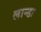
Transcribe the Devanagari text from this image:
लान्डा